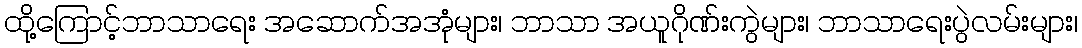
ထို့ကြောင့်ဘာသာရေး အဆောက်အအုံများ၊ ဘာသာ အယူဂိုဏ်းကွဲများ၊ ဘာသာရေးပွဲလမ်းများ၊